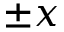
\pm x